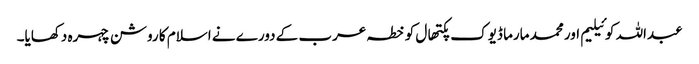
عبداللہ کوئیلیم اور محمد مارما ڈیوک پکتھال کو خطہ عرب کے دورے نے اسلام کا روشن چہرہ دکھایا۔